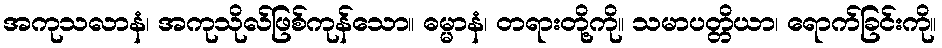
အကုသလာနံ၊ အကုသိုလ်ဖြစ်ကုန်သော။ ဓမ္မာနံ၊ တရားတို့ကို။ သမာပတ္တိယာ၊ ရောက်ခြင်းကို။